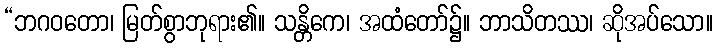
“ဘဂဝတော၊ မြတ်စွာဘုရား၏။ သန္တိကေ၊ အထံတော်၌။ ဘာသိတဿ၊ ဆိုအပ်သော။